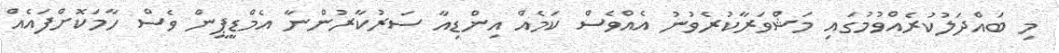
މި ބައްދަލުކުރެއްވުމުގައި މަޝްވަރާކުރެވުނު އެއްވެސް ކަމެއް އިންޑިއާ ސަރުކާރުންނާ އެމްޑީޕީން ވެސް ހާމަކޮށްފައެއް